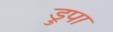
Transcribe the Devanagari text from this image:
ड्रुपा